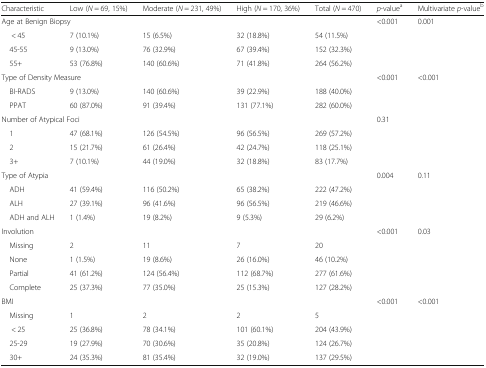
<table><thead><tr><td><b>Characteristic</b></td><td><b>Low (<i>N</i> = 69, 15%)</b></td><td><b>Moderate (<i>N</i> = 231, 49%)</b></td><td><b>High (<i>N</i> = 170, 36%)</b></td><td><b>Total (<i>N</i> = 470)</b></td><td><b><i>p</i>-value<sup>a</sup></b></td><td><b>Multivariate <i>p</i>-value<sup>b</sup></b></td></tr></thead><tbody><tr><td colspan="5">Age at Benign Biopsy</td><td>&lt;0.001</td><td>0.001</td></tr><tr><td>&lt; 45</td><td>7 (10.1%)</td><td>15 (6.5%)</td><td>32 (18.8%)</td><td>54 (11.5%)</td><td></td><td></td></tr><tr><td> 45-55</td><td>9 (13.0%)</td><td>76 (32.9%)</td><td>67 (39.4%)</td><td>152 (32.3%)</td><td></td><td></td></tr><tr><td> 55+</td><td>53 (76.8%)</td><td>140 (60.6%)</td><td>71 (41.8%)</td><td>264 (56.2%)</td><td></td><td></td></tr><tr><td colspan="5">Type of Density Measure</td><td>&lt;0.001</td><td>&lt;0.001</td></tr><tr><td> BI-RADS</td><td>9 (13.0%)</td><td>140 (60.6%)</td><td>39 (22.9%)</td><td>188 (40.0%)</td><td></td><td></td></tr><tr><td> PPAT</td><td>60 (87.0%)</td><td>91 (39.4%)</td><td>131 (77.1%)</td><td>282 (60.0%)</td><td></td><td></td></tr><tr><td colspan="5">Number of Atypical Foci</td><td>0.31</td><td></td></tr><tr><td> 1</td><td>47 (68.1%)</td><td>126 (54.5%)</td><td>96 (56.5%)</td><td>269 (57.2%)</td><td></td><td></td></tr><tr><td> 2</td><td>15 (21.7%)</td><td>61 (26.4%)</td><td>42 (24.7%)</td><td>118 (25.1%)</td><td></td><td></td></tr><tr><td> 3+</td><td>7 (10.1%)</td><td>44 (19.0%)</td><td>32 (18.8%)</td><td>83 (17.7%)</td><td></td><td></td></tr><tr><td colspan="5">Type of Atypia</td><td>0.004</td><td>0.11</td></tr><tr><td> ADH</td><td>41 (59.4%)</td><td>116 (50.2%)</td><td>65 (38.2%)</td><td>222 (47.2%)</td><td></td><td></td></tr><tr><td> ALH</td><td>27 (39.1%)</td><td>96 (41.6%)</td><td>96 (56.5%)</td><td>219 (46.6%)</td><td></td><td></td></tr><tr><td> ADH and ALH</td><td>1 (1.4%)</td><td>19 (8.2%)</td><td>9 (5.3%)</td><td>29 (6.2%)</td><td></td><td></td></tr><tr><td colspan="5">Involution</td><td>&lt;0.001</td><td>0.03</td></tr><tr><td> Missing</td><td>2</td><td>11</td><td>7</td><td>20</td><td></td><td></td></tr><tr><td> None</td><td>1 (1.5%)</td><td>19 (8.6%)</td><td>26 (16.0%)</td><td>46 (10.2%)</td><td></td><td></td></tr><tr><td> Partial</td><td>41 (61.2%)</td><td>124 (56.4%)</td><td>112 (68.7%)</td><td>277 (61.6%)</td><td></td><td></td></tr><tr><td> Complete</td><td>25 (37.3%)</td><td>77 (35.0%)</td><td>25 (15.3%)</td><td>127 (28.2%)</td><td></td><td></td></tr><tr><td colspan="5">BMI</td><td>&lt;0.001</td><td>&lt;0.001</td></tr><tr><td> Missing</td><td>1</td><td>2</td><td>2</td><td>5</td><td></td><td></td></tr><tr><td>&lt; 25</td><td>25 (36.8%)</td><td>78 (34.1%)</td><td>101 (60.1%)</td><td>204 (43.9%)</td><td></td><td></td></tr><tr><td> 25-29</td><td>19 (27.9%)</td><td>70 (30.6%)</td><td>35 (20.8%)</td><td>124 (26.7%)</td><td></td><td></td></tr><tr><td> 30+</td><td>24 (35.3%)</td><td>81 (35.4%)</td><td>32 (19.0%)</td><td>137 (29.5%)</td><td></td><td></td></tr></tbody></table>